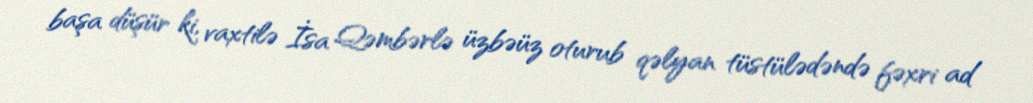
başa düşür ki, vaxtilə İsa Qəmbərlə üzbəüz oturub qəlyan tüstülədəndə fəxri ad